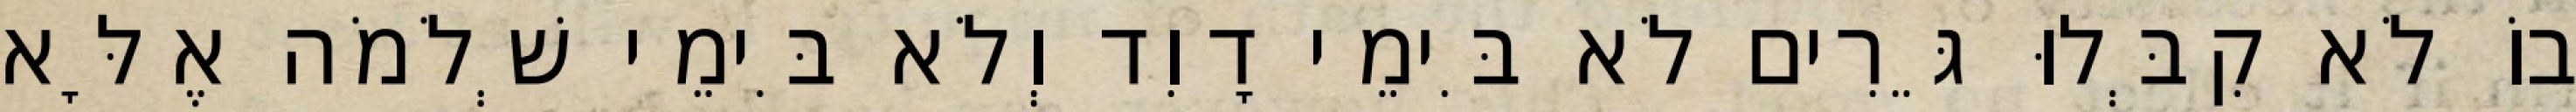
בוֹ לֹא קִבְּלוּ גֵּרִים לֹא בִּימֵי דָוִד וְלֹא בִּימֵי שְׁלֹמֹה אֶלָּא